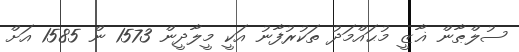
ސުލްޠާން ޣާޒީ މުޙައްމަދު ތަކުރުފާނު އަކީ މީލާދީން 1573 ން 1585 އަށް